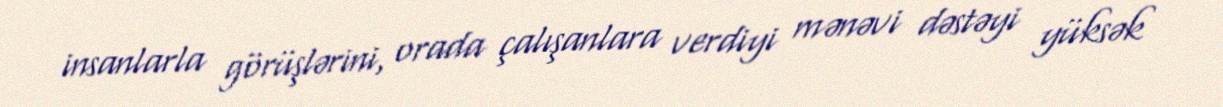
insanlarla görüşlərini, orada çalışanlara verdiyi mənəvi dəstəyi yüksək